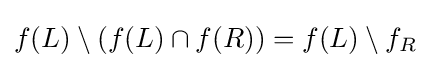
f(L)\setminus (f(L)\cap f(R))=f(L)\setminus f_{R}